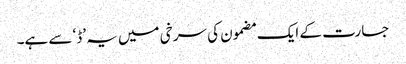
جسارت کے ایک مضمون کی سرخی میں یہ ’ڈ‘ سے ہے۔